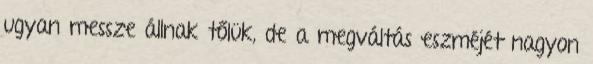
ugyan messze állnak tőlük, de a megváltás eszméjét nagyon